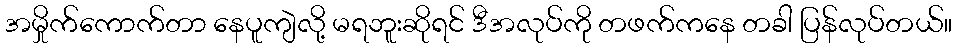
အမှိုက်ကောက်တာ နေပူကျဲလို့ မရဘူးဆိုရင် ဒီအလုပ်ကို တဖက်ကနေ တခါ ပြန်လုပ်တယ်။